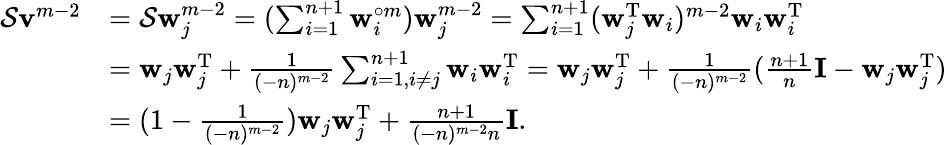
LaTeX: \begin{array}{rl}{\mathcal{S}\mathbf v^{m-2}}&{=\mathcal{S}\mathbf w_{j}^{m-2}=(\sum_{i=1}^{n+1}\mathbf{w}_{i}^{\circ m})\mathbf w_{j}^{m-2}=\sum_{i=1}^{n+1}(\mathbf w_{j}^{\mathrm T}\mathbf{w}_{i})^{m-2}\mathbf{w}_{i}\mathbf{w}_{i}^{\mathrm T}}\\ &{=\mathbf{w}_{j}\mathbf{w}_{j}^{\mathrm T}+\frac{1}{(-n)^{m-2}}\sum_{i=1,i\neq j}^{n+1}\mathbf{w}_{i}\mathbf{w}_{i}^{\mathrm T}=\mathbf{w}_{j}\mathbf{w}_{j}^{\mathrm T}+\frac{1}{(-n)^{m-2}}(\frac{n+1}{n}\mathbf{I}-\mathbf{w}_{j}\mathbf{w}_{j}^{\mathrm T})}\\ &{=(1-\frac{1}{(-n)^{m-2}})\mathbf{w}_{j}\mathbf{w}_{j}^{\mathrm T}+\frac{n+1}{(-n)^{m-2}n}\mathbf{I}.}\end{array}